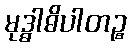
မုဒ္ဓါဓိပါတဉ္စ